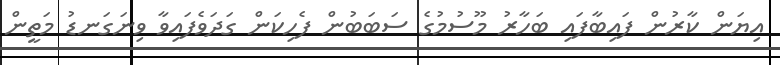
އިޔަން ކާރުން ފައިބާފައި ބަހާރު މޫސުމުގެ ސަބަބުން ފެހިކަން ގަދަވެފައިވާ ވިނަގަނޑު މަތީން